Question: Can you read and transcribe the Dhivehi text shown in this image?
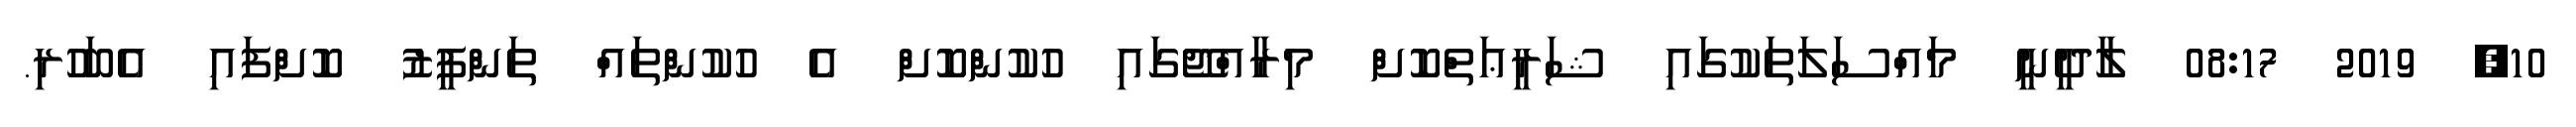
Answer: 10, 2019 08:17 ލާދީނީ މައްސަލަތަކުގައި ޝަރީޢަތްކޮށް މިރާއްޖޭގައި ހުކުންކޮށް އެ ހުކުންތައް ތަންފީޒު ކޮށްފައި އެބަހުރި.